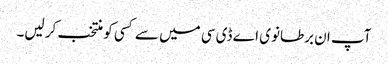
آپ ان برطانوی اے ڈی سی میں سے کسی کو منتخب کر لیں۔